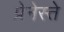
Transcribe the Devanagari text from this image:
प्रेनेस्ते